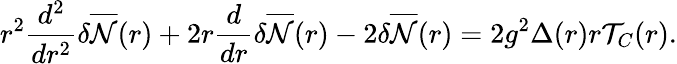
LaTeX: r^{2}\frac{d^{2}}{dr^{2}}{\delta}\overline{{{\cal{N}}}}(r)+2r\frac{d}{dr}{\delta}\overline{{{\cal{N}}}}(r)-2{\delta}\overline{{{\cal{N}}}}(r)=2g^{2}{\Delta}(r)r{\cal T}_{C}(r).